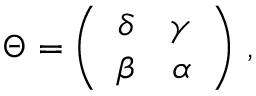
\Theta = \left( \begin{array} { c c } { { \delta } } & { { \gamma } } \\ { { \beta } } & { { \alpha } } \end{array} \right) \, ,